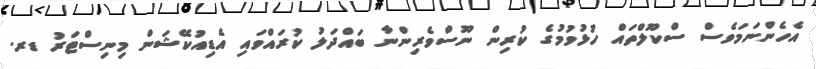
އެހެންނަމަވެސް ސްކޫލްތައް ހުޅުވުމުގެ ކުރިން ނޫސްވެރިންނާ ބައްދަލު ކުރައްވައި އެޑިއުކޭޝަން މިނިސްޓަރު ޑރ.